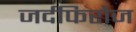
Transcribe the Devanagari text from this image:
जर्दफिरोज